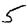
Digit: 5